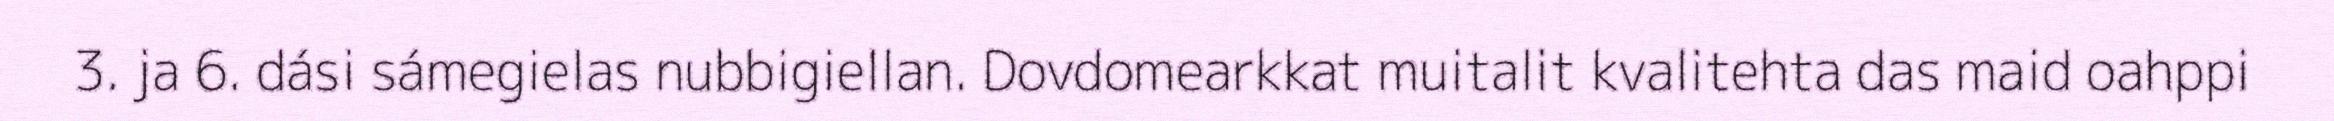
3. ja 6. dási sámegielas nubbigiellan. Dovdomearkkat muitalit kvalitehta das maid oahppi